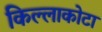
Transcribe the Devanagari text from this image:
किल्लाकोटा